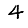
Digit: 4